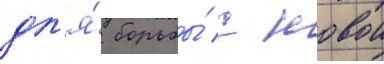
дл'я́ борьбы́ с новои